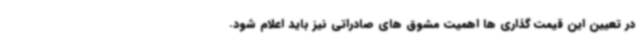
در تعیین این قیمت گذاری ها اهمیت مشوق های صادراتی نیز باید اعلام شود.